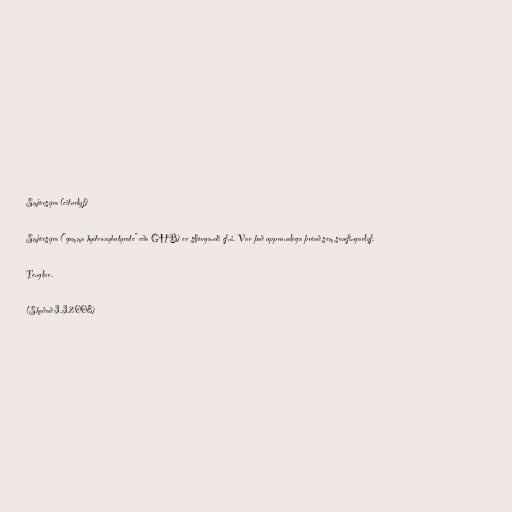
Smjörsýra (eiturlyf)

Smjörsýra ("gamma hydroxybutyrate" eða GHB) er sljóvgandi efni. Var það upprunalega þróað sem svæfingarlyf.

Tenglar.

(Skoðað 3.3.2008)